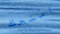
امنحك